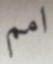
امم